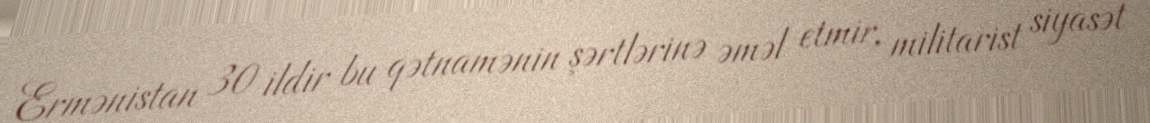
Ermənistan 30 ildir bu qətnamənin şərtlərinə əməl etmir, militarist siyasət